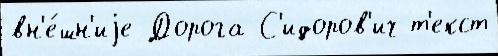
вн'е́шн'иjе Дорога С'идоров'ич т'екст